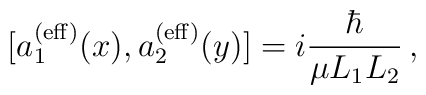
[a_1^{({\rm eff})}(x), a_2^{({\rm eff})}(y)]= i {\hbar \over \mu L_1L_2}\,,